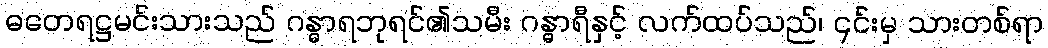
ဓတေရဋ္ဌမင်းသားသည် ဂန္ဓာရဘုရင်၏သမီး ဂန္ဓာရီနှင့် လက်ထပ်သည်၊ ၎င်းမှ သားတစ်ရာ